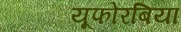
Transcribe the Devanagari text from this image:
यूफोरबिया